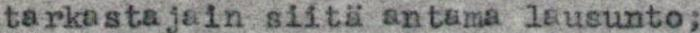
tarkastajain siitä antama lausunto;